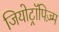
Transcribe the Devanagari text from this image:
जियोट्रॉपिज़्म